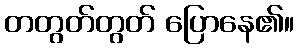
တတွတ်တွတ် ပြောနေ၏။